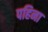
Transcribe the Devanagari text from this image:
पहिना